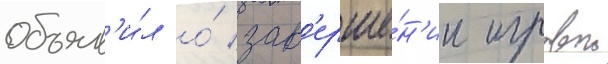
объяв'и́л о́ зав'ерше́н'ии игровои